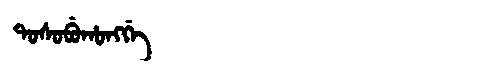
Manchu: ᡨᠣᠰᠣᠪᡠᡥᠣᠩᡤᡝ
Romanization: TOSOBUHONGGE